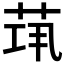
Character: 𦯋